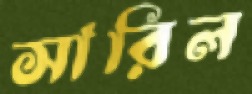
সারিল